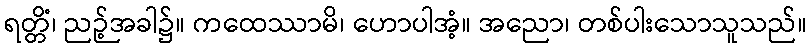
ရတ္တိံ၊ ညဉ့်အခါ၌။ ကထေဿာမိ၊ ဟောပါအံ့။ အညော၊ တစ်ပါးသောသူသည်။